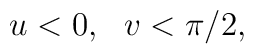
u<0,~~v<\pi/2,